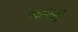
જવારી